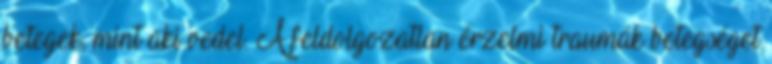
betegek, mint aki vedel. A feldolgozatlan érzelmi traumák betegséget